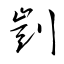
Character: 剴